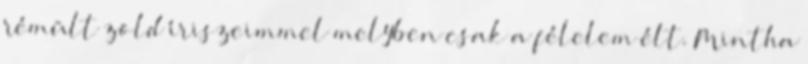
rémült zöld íriszeimmel melyben csak a félelem élt. Mintha